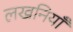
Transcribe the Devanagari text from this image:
लखनियाँ